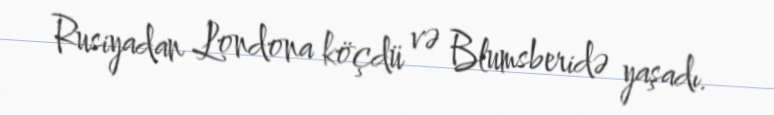
Rusiyadan Londona köçdü və Blumsberidə yaşadı.